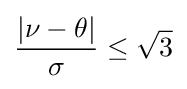
{\frac {|\nu -\theta |}{\sigma }}\leq {\sqrt {3}}